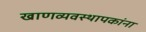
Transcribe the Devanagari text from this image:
खाणव्यवस्थापकांना